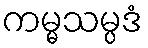
ကမ္မသမ္ပဒံ